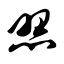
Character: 照